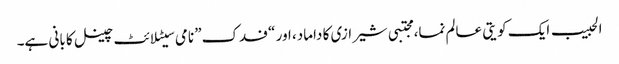
الحبیب ایک کویتی عالم نما، مجتبی شیرازی کا داماد، اور “فدک” نامی سیٹلائٹ چینل کا بانی ہے۔